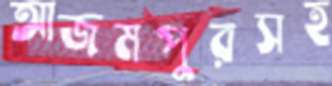
আজমপুরসহ